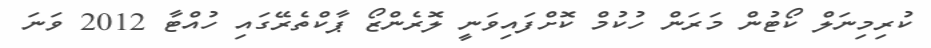
ކުރިމިނަލް ކޯޓުން މަރަން ހުކުމް ކޮށްފައިވަނީ ލޮރެންޒޯ ޕާކްތެރޭގައި ހުއްޓާ 2012 ވަނަ